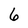
Character: 6